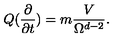
Q ( \frac { \partial } { \partial t } ) = m \frac { V } { \Omega ^ { d - 2 } } .